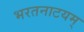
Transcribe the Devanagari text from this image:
भरतनाटयम्